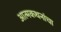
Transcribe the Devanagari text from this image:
आत्मकथनांचा